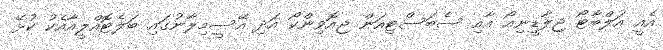
އެއީ އަލްބާޓޯ ޖިލާޑީނިއޯ އާއި ސެބަސްޓިއަން ޖިއޮވިންކޯ އަދި އޭސީމިލާނުގައި ބަލެޓޮއްލީއާއެކު ކުޅޭ